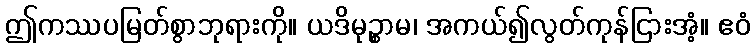
ဤကဿပမြတ်စွာဘုရားကို။ ယဒိမုဉ္စာမ၊ အကယ်၍လွတ်ကုန်ငြားအံ့။ ဧဝံ